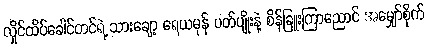
လှိုင်ထိပ်ခေါင်တင်ရဲ့ သားချော့ ရေယမုန် ပတ်ပျိုးနဲ့ စိန်ခြူးကြာညောင် အမျှော်စိုက်